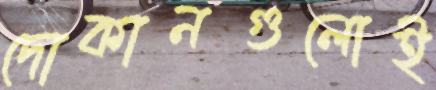
দোকানগুলোই